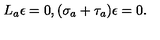
L _ { a } \epsilon = 0 , ( \sigma _ { a } + \tau _ { a } ) \epsilon = 0 .